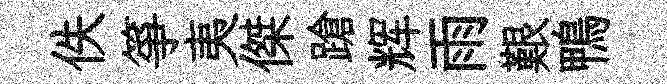
佚箏夷傑蹌辉雨艱鴨